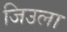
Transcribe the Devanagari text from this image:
जिउला